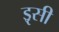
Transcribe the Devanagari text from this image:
इृसी